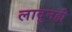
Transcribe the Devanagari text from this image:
लादुनही